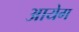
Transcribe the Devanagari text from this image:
आयेग